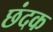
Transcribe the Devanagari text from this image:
छंदक